Reports on dispensaries and lunatic asylums in the Province of Oudh - 1869-1876
Year: 1869
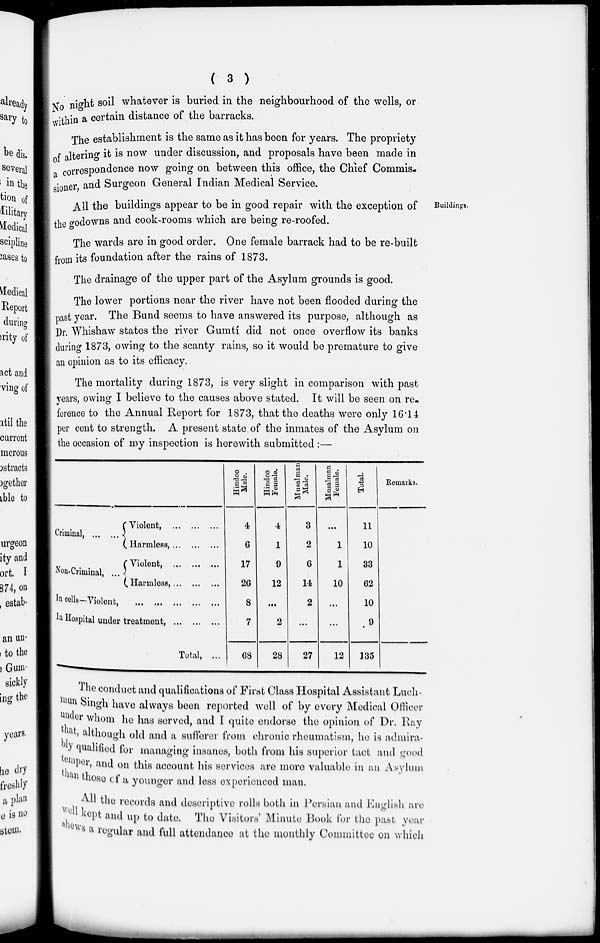
( 3 )
No night soil whatever is buried in the neighbourhood of the wells, or
within a certain distance of the barracks.
The establishment is the same as it has been for years. The propriety
of altering it is now under discussion, and proposals have been made in
correspondence now going on between this office, the Chief Commis-
sioner and Surgeon General Indian Medical Service.
Buildings.
All the buildings appear to be in good repair with the exception of
the godowns and cook-rooms which are being re-roofed.
The wards are in good order. One female barrack had to be re-built
from its foundation after the rains of 1873.
The drainage of the upper part of the Asylum grounds is good.
The lower portions near the river have not been flooded during the
past year. The Bund seems to have answered its purpose, although as
Dr. Whishaw states the river Gumtí did not once overflow its banks
during 1873, owing to the scanty rains, so it would be premature to give
an opinion as to its efficacy.
The mortality during 1873, is very slight in comparison with past
years, owing I believe to the causes above stated. It will be seen on re.
ference to the Annual Report for 1873, that the deaths were only 16.14
per cent to strength. A present state of the inmates of the Asylum on
the occasion of my inspection is herewith submitted :—
Criminal, ... ...
Non-Criminal, ...
Violent, ... ... ..
Harmless, ... ... ..
Violent, ... ... ..
Harmless, ... ... ..
In cells—Violent, ... ... ... ... ...
In Hospital under treatment, ... ... ..
Total, ...
Hindoo
Male.
4
6
17
26
8
7
68
Hindoo
Female.
4
1
9
12
...
2
28
Musalman
Male.
3
2
6
14
2
...
27
Musalman
Female.
...
1
1
10
...
...
12
Total.
11
10
33
62
10
9
135
Remarks.
The conduct and qualifications of First Class Hospital Assistant Luch-
mun Singh have always been reported well of by every Medical Officer
under whom he has served, and I quite endorse the opinion of Dr. Ray
that, although old and a sufferer from chronic rheumatism, he is admira-
bly qualified for managing insanes, both from his superior tact and good
temper, and on this account his services are more valuable in an Asylum
than those of a younger and less experienced man.
All the records and descriptive rolls both in Persian and English are
well kept and up to date. The Visitors Minute Book for the past year
shews a regular and full attendance at the monthly Committee on which